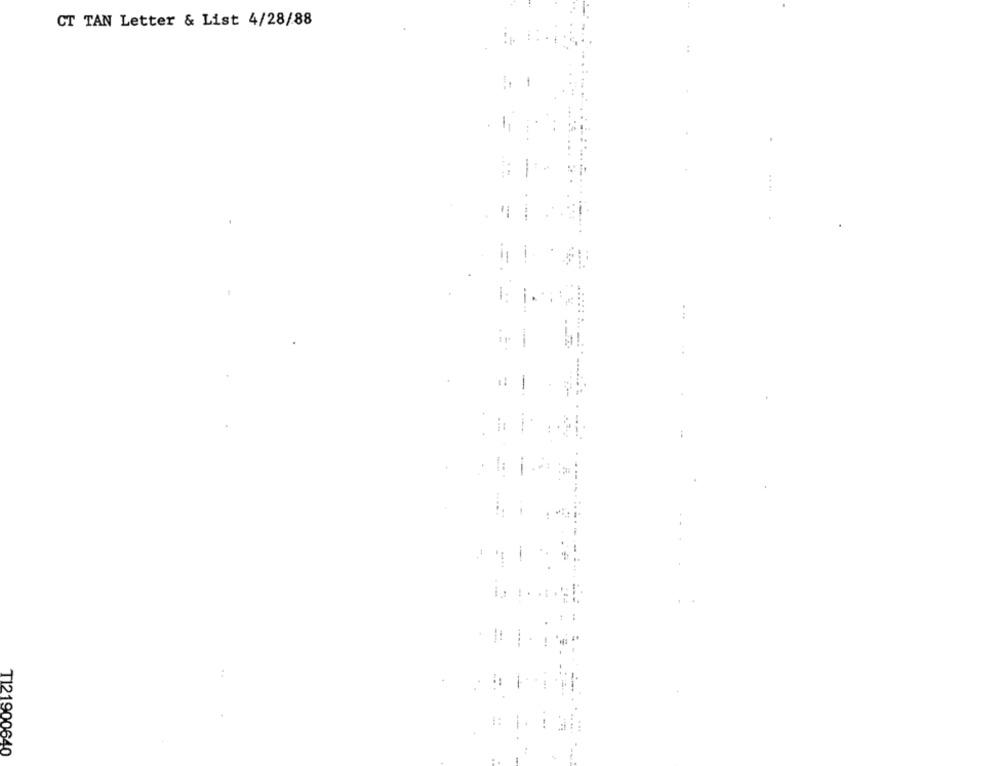
CT TAN Letter & List 4/28/88
::
T121900640